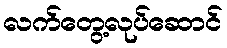
လက်တွေ့လုပ်ဆောင်